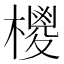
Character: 㯶